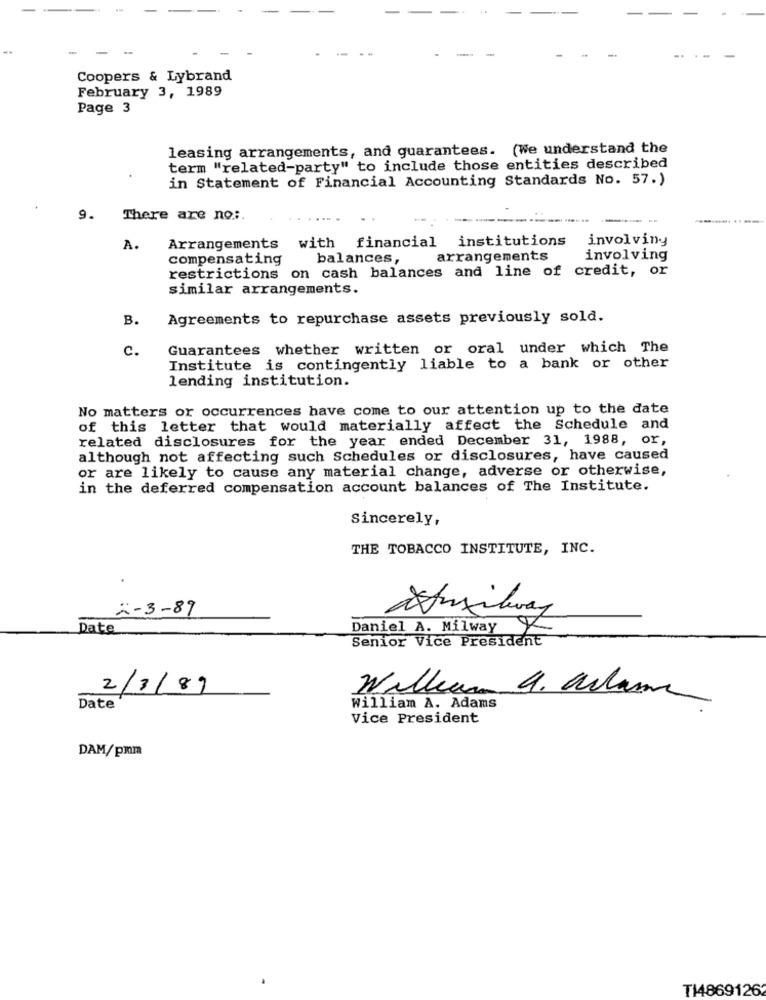
-
Coopers & Lybrand
February 3, 1989
Page 3
leasing arrangements, and guarantees. (We understand the
term "related-party" to include those entities described
in Statement of Financial Accounting Standards No. 57.)
9.
There are no :.
-----------
Arrangements with financial institutions
involving
A.
compensating
balances,
arrangements
involving
restrictions on cash balances and line of credit, or
similar arrangements.
B.
Agreements to repurchase assets previously sold.
C.
Guarantees whether written or oral under which The
Institute is contingently liable to a bank or other
lending institution.
No matters or occurrences have come to our attention up to the date
of this letter that would materially affect the Schedule and
related disclosures for the year ended December 31, 1988, or,
although not affecting such Schedules or disclosures, have caused
or are likely to cause any material change, adverse or otherwise,
in the deferred compensation account balances of The Institute.
Sincerely,
THE TOBACCO INSTITUTE, INC.
2-3-89
Date
Daniel A. Milway
Senior Vice President
2/3/89
William 4. allame
Date
William A. Adams
Vice President
DAM/pmm
T148691262